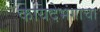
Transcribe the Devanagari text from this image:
कायदेभंगाचा